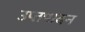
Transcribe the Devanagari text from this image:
उप्तपादन